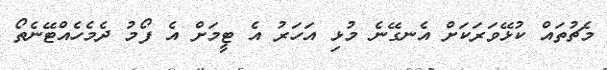
މެޗުތައް ކުޅޭވަރަކަށް އެނގޭނެ މުޅި އަހަރު އެ ޓީމަށް އެ ފޯމު ދެމެހެއްޓޭނެތޯ